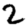
Digit: 2